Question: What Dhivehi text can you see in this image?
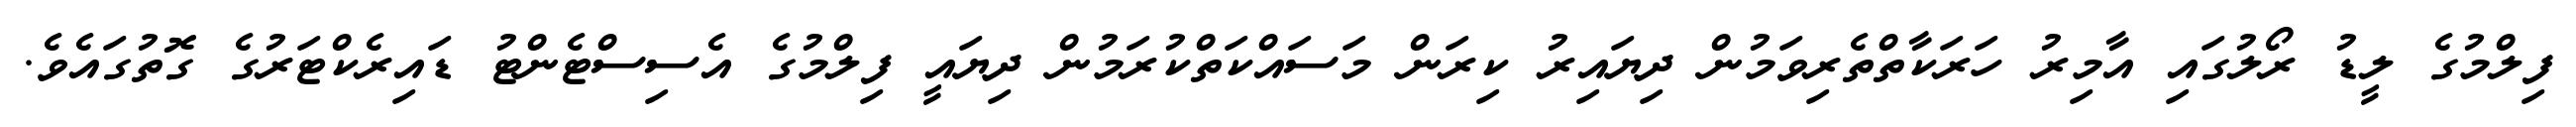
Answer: ފިލްމުގެ ލީޑު ރޯލުގައި އާމިރު ހަރަކާތްތެރިވަމުން ދިޔައިރު ކިރަން މަސައްކަތްކުރަމުން ދިޔައީ ފިލްމުގެ އެސިސްޓެންޓު ޑައިރެކްޓަރުގެ ގޮތުގައެވެ.